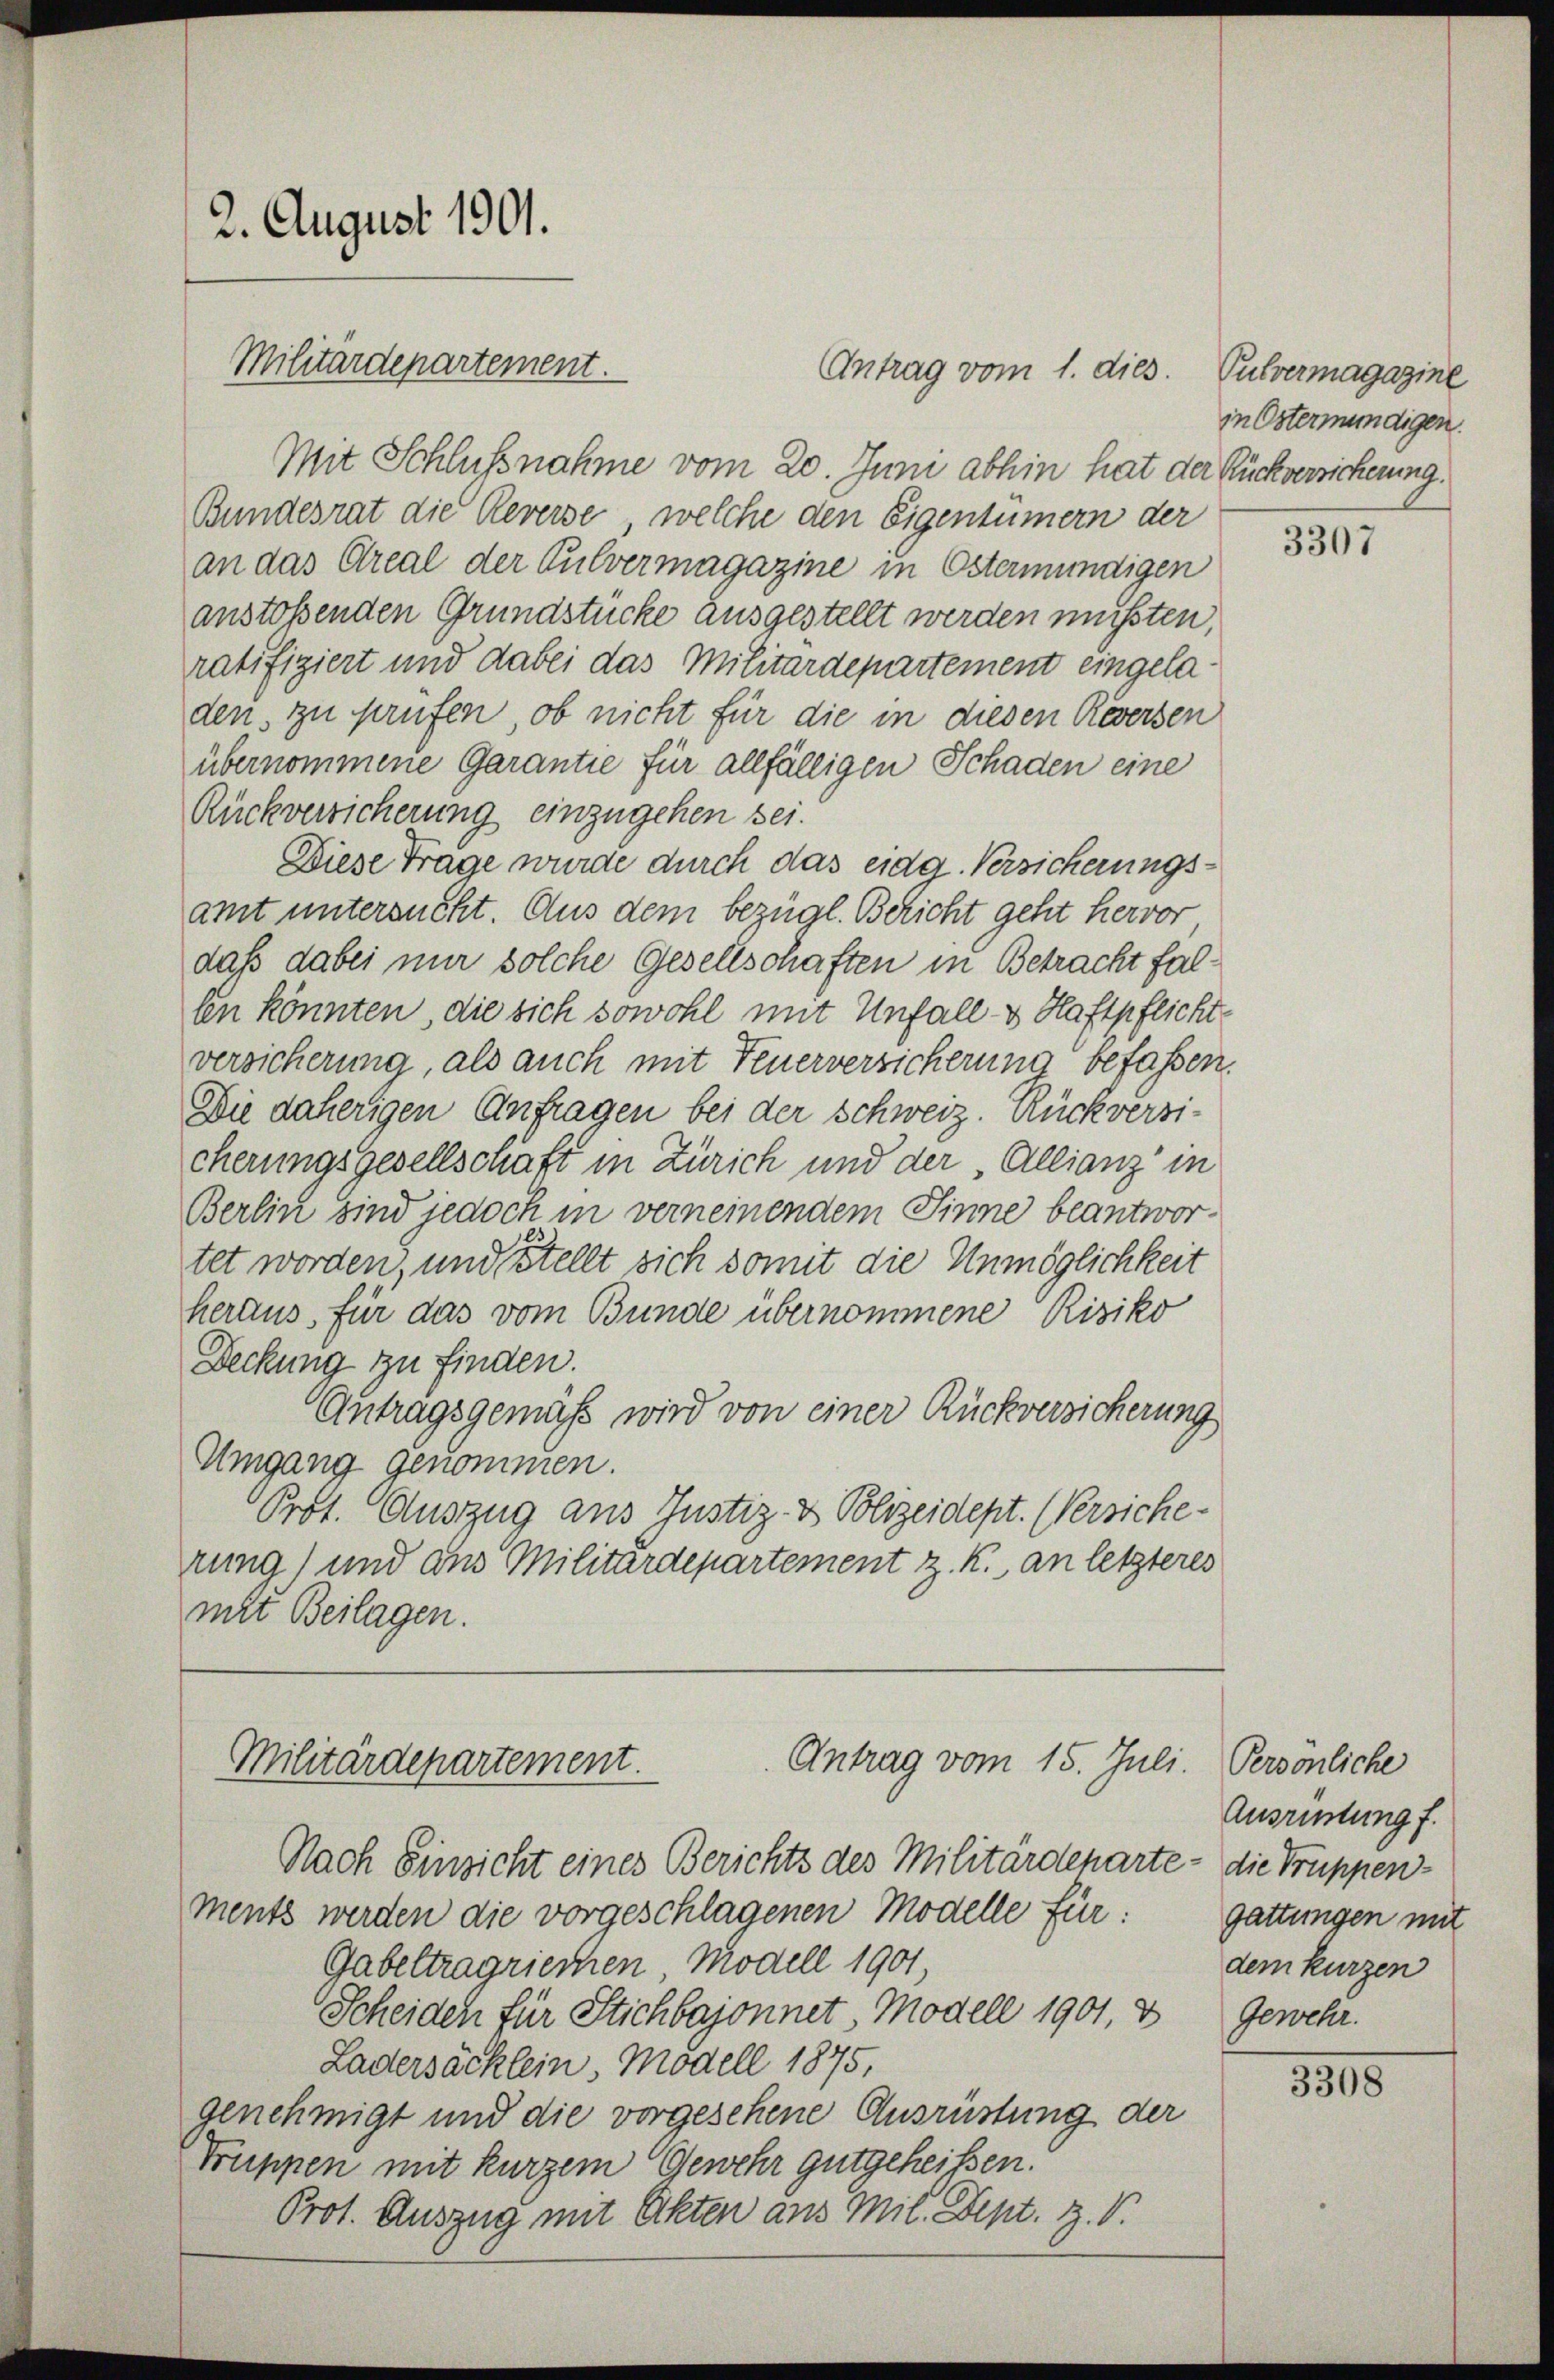
2. August 1901.
Militärdepartement.

Antrag vom 1. dies. Pulvermagazine
Mit Schlußnahme vom 20. Juni abhin hat der Rückversicherung.
Bundesrat die Reverse, welche den Eigentümern der
an das Areal der Pulvermagazine in Östermündigen
anstossenden Grundstücke ausgestellt werden müssten,
ratifiziert und dabei das Militärdepartement eingeladen, zu prüfen, ob nicht für die in diesen Reversen
übernommene Garantie für allfälligen Schaden eine
Rückversicherung einzugehen sei.
Diese Trage wurde durch das eidg. Versicherungsamt untersucht. Aus dem bezügl. Bericht geht hervor
daß dabei mir solche Gesellschaften in Betracht fallen könnten, die sich sowohl mit Unfall- & Haftpflichte
versicherung, als auch mit Feuerversicherung befassen.
Die daherigen Anfragen bei der Schweiz. Rückversicherungsgesellschaft in Zürich und der Allianz in
Berlin sind jedoch in verneinendem Sinne beantwortet worden, und stellt sich somit die Unmöglichkeit
heraus, für das vom Bunde übernommene Risiko
Deckung zu finden.
Antragsgemäß wird von einer Rückversicherung
Umgang genommen.
Prof. Auszug aus Justiz- & Polizeidept. (Versicherung) und aus Militärdepartement z. K. an letzteres
mit Beilagen.

Antrag vom 15. Juli. Persönliche
Militärdepartement.

Nach Einsicht eines Berichts des Militärdeparte
ments werden die vorgeschlagenen Modelle für:
Gabeltragriechen Modell 1901,
Scheiden für Stichbajonnet Modell 1901, 8
Ladersäcklein, Modell 1875,
genehmigt und die vorgesehene Ausrüstung der
Truppen mit kurzem Gewehr gutgeheißen.
Prot. Auszug mit Akten aus Mil. Sept. Z. V.

in Östermündigen.

3307

Ausrüstung f.
 die Truppen-
Gattungen mit
dem kurzen
Gewehr.

3308